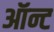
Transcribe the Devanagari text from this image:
ऑन्ट